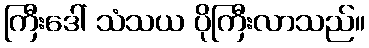
ကြီးဒေါ် သံသယ ပိုကြီးလာသည်။